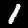
Label: 1